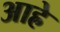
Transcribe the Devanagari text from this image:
आह्रे